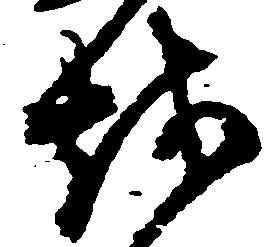
越